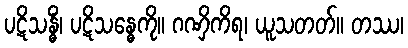
ပဋိသန္ဓိံ၊ ပဋိသန္ဓေကို။ ဂဏှိကိရ၊ ယူသတတ်။ တဿ၊